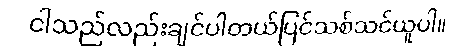
ငါသည်လည်းချင်ပါတယ်ပြင်သစ်သင်ယူပါ။